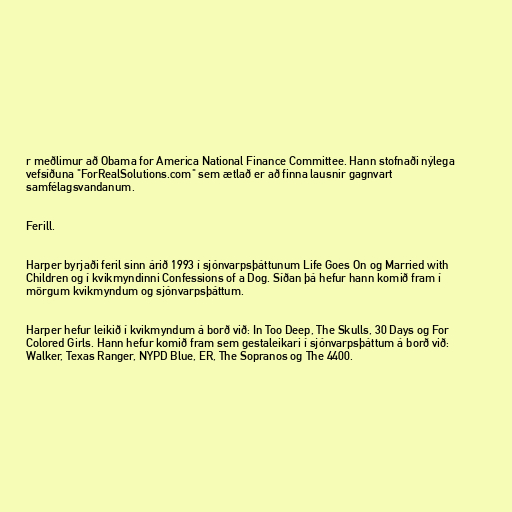
r meðlimur að Obama for America National Finance Committee. Hann stofnaði nýlega
vefsíðuna "ForRealSolutions.com" sem ætlað er að finna lausnir gagnvart
samfélagsvandanum.

Ferill.

Harper byrjaði feril sinn árið 1993 í sjónvarpsþáttunum Life Goes On og Married with
Children og í kvikmyndinni Confessions of a Dog. Síðan þá hefur hann komið fram í
mörgum kvikmyndum og sjónvarpsþáttum.

Harper hefur leikið í kvikmyndum á borð við: In Too Deep, The Skulls, 30 Days og For
Colored Girls. Hann hefur komið fram sem gestaleikari í sjónvarpsþáttum á borð við:
Walker, Texas Ranger, NYPD Blue, ER, The Sopranos og The 4400.